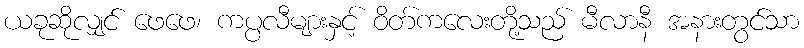
ယခုဆိုလျှင် ဖေဖေ၊ ကပ္ပလီများနှင့် ဝိတ်ကလေးတို့သည် မီလာနီ အနားတွင်သာ